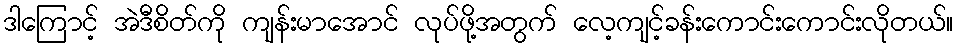
ဒါကြောင့် အဲဒီစိတ်ကို ကျန်းမာအောင် လုပ်ဖို့အတွက် လေ့ကျင့်ခန်းကောင်းကောင်းလိုတယ်။